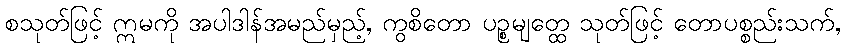
စသုတ်ဖြင့် ဣမကို အပါဒါန်အမည်မှည့်, ကွစိတော ပဉ္စမျတ္ထေ သုတ်ဖြင့် တောပစ္စည်းသက်,